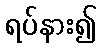
ရပ်နား၍